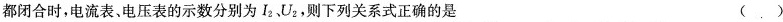
都闭合时，电流表、电压表的示数分别为I_{2}、U_{2}，则下列关系式正确的是 （）